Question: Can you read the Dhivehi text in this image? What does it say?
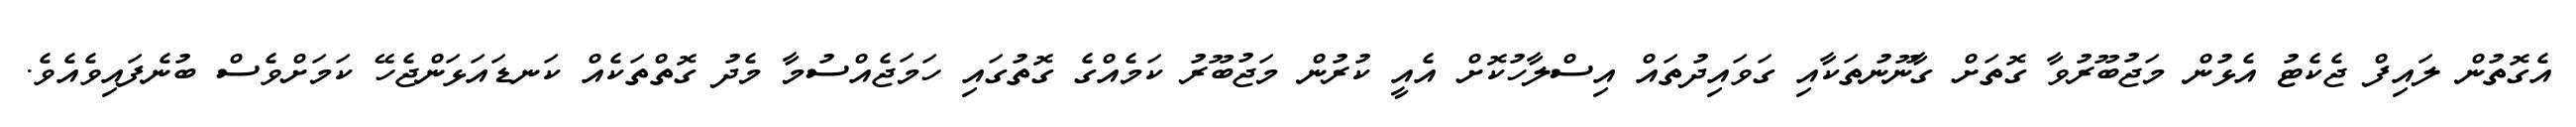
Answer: އެގޮތުން ލައިފް ޖެކެޓު އެޅުން މަޖުބޫރުވާ ގޮތަށް ގާނޫނުތަކާއި ގަވައިދުތައް އިސްލާހުކޮށް އެއީ ކުރުން މަޖުބޫރު ކަމެއްގެ ގޮތުގައި ހަމަޖެއްސުމާ މެދު ގޮތްތަކެއް ކަނޑައަޅަންޖެހޭ ކަމަށްވެސް ބުނެފައިވެއެވެ.